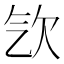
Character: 㰟